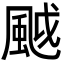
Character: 䬂